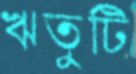
ঋতুটি